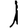
Digit: 1